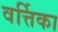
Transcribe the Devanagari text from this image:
वर्त्तिका